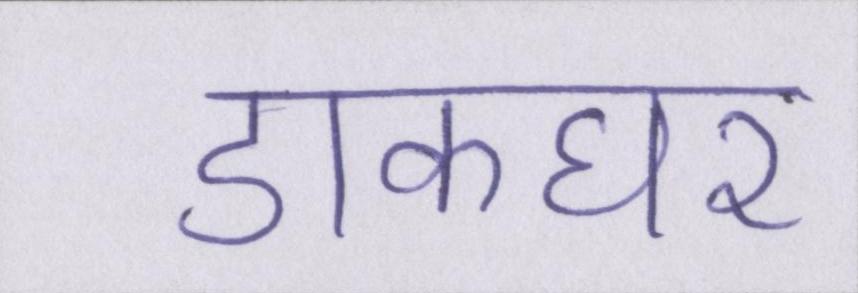
डाकघर